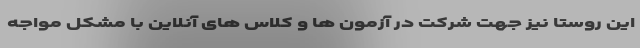
این روستا نیز جهت شرکت در آزمون ها و کلاس های آنلاین با مشکل مواجه